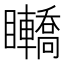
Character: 𥍑